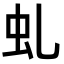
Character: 虬